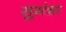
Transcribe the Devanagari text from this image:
सुमंत्रा